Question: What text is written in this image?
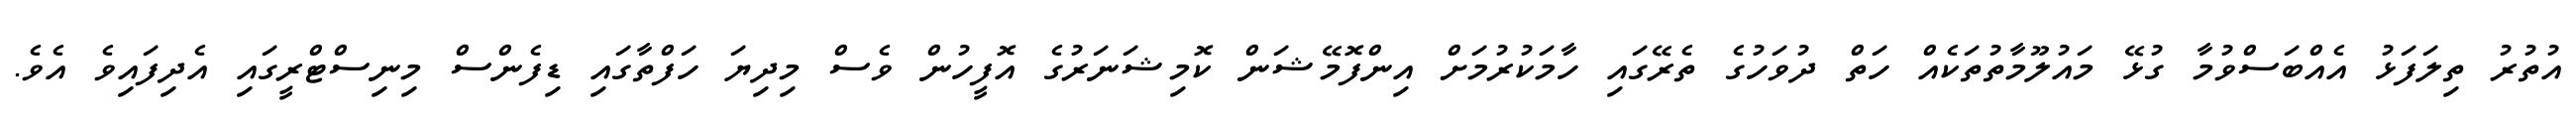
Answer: އުތުރު ތިލަފަޅު އެއްބަސްވުމާ ގުޅޭ މައުލޫމާތުތަކެއް ހަތް ދުވަހުގެ ތެރޭގައި ހާމަކުރުމަށް އިންފޮމޭޝަން ކޮމިޝަނަރުގެ އޮފީހުން ވެސް މިދިޔަ ހަފްތާގައި ޑިފެންސް މިނިސްޓްރީގައި އެދިފައިވެ އެވެ.